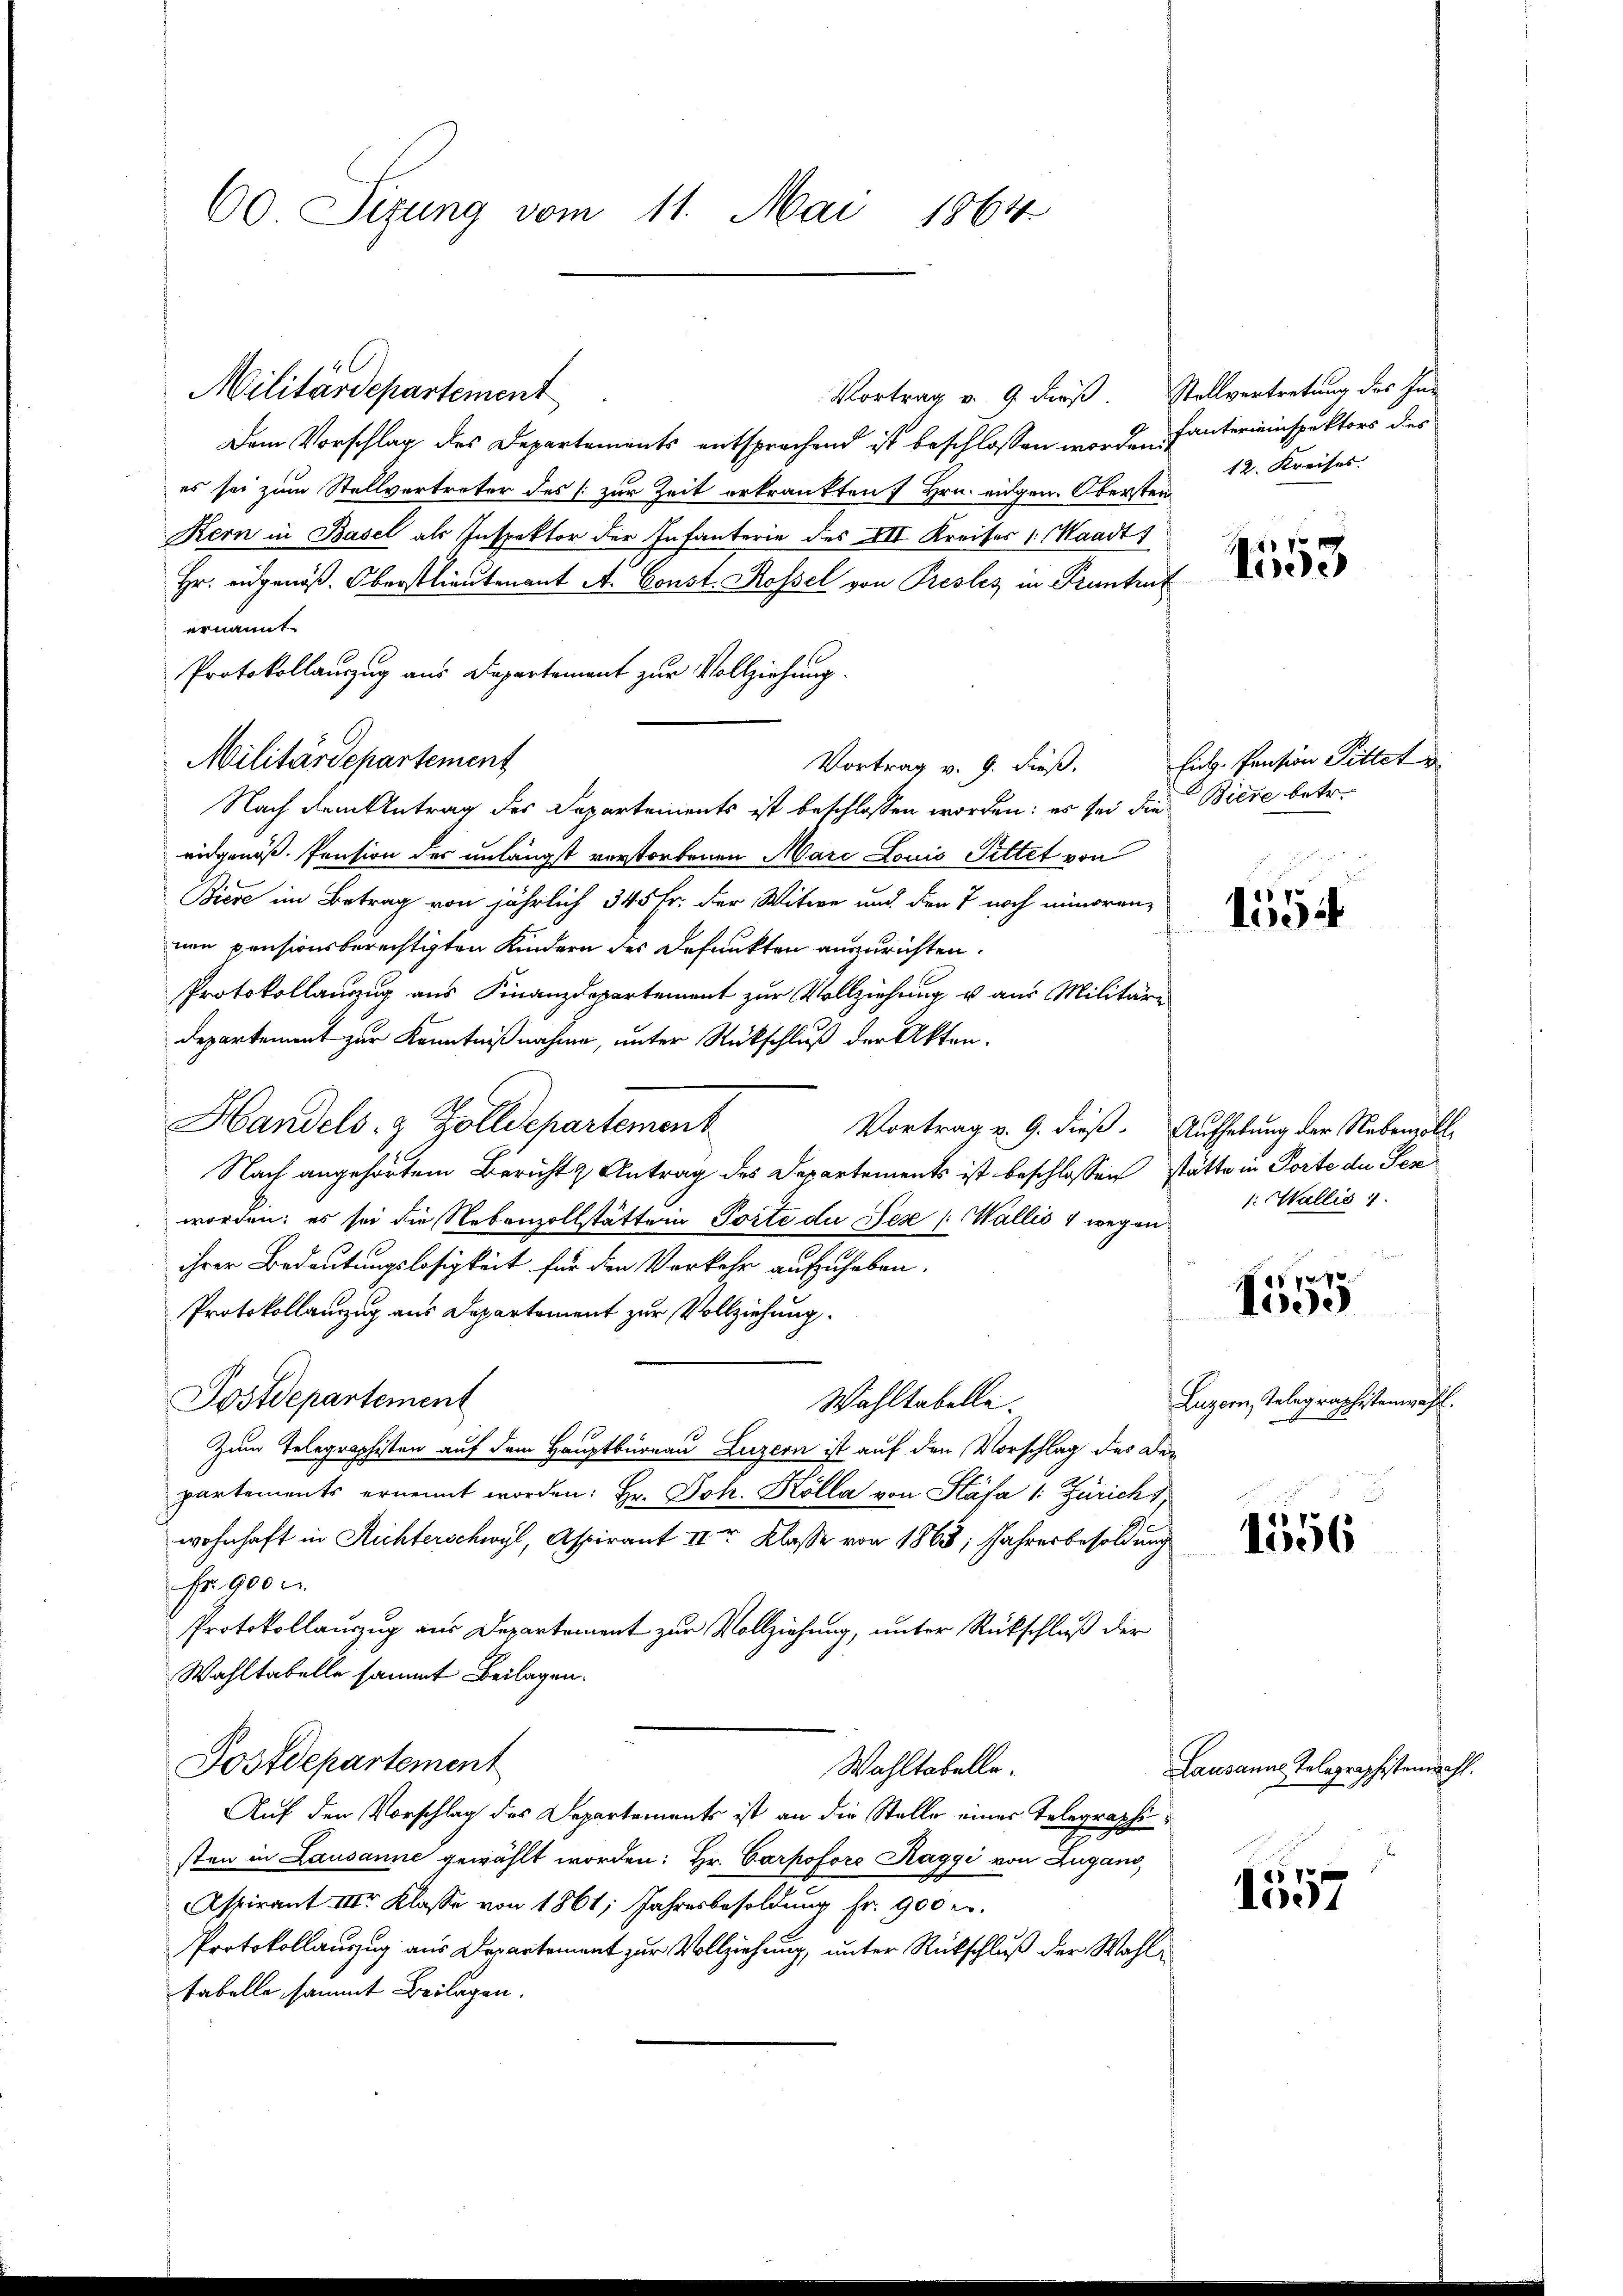
60 Sizung vom 11. Mai 1864

Militärdepartement
Vortrag v. 9. dieß. Stellvertretung des In-
Dem Vorschlag des Departements entsprechend ist beschlossen worden fantereinspektors dies
es sei zum Stellvertreter des [zur Zeit erkrankten 7 Hrn. eidgen. Obersten
Kern in Basel als Inspektor der Infanterie des XII Kreises 1. Waadt)
Hr. eidgenöß. Oberstlieutenant A. Const. Rossel von Presles in Pruntrut
ernannt.
Protokollauszug aus Departement zur Vollziehung.
Vortrag v. 9. dieß.
Nach dem Antrag des Departements ist beschlossen worden; es sei die Biere betr.
eidgenöß. Pension des unlängst verstorbenen Marc Louis Pittet von
Biere im Betrag von jährlich 345 fr. der Witwe und den 7 noch minoren-
nen pensionsberechtigten Kindern des Befunkten anzurichten.
Protokollauszug aus Finanzdepartement zur Vollziehung u aus Militär¬
Departement zur Kenntnißnahme, unter Rückschluß der Akten.
Handels- & Zolldepartement
Nach angehörtem Bericht & Antrag des Departements ist beschlossen stätte in Torte de Jen
worden; es sei die Nebenzollstätten Porte di Fese Wallis 4 wegen
ihrer Bedeutungslosigkeit für den Verkehr aufzuheben.
Protokollanzug aus Departement zur Vollziehung.
Postdepartement
Wahltabelle.
Zum Telegraphisten auf dem Hauptburgau Luzern ist auf den Vorschlag des Den
partements ernennt worden: Hr. Joh. Kölla von Stäfa 1: Zürich 1
wohnhaft in Richterschwyl, Aspirant II Klasse von 1863; Jahresbesoldung
Fr. 900
Protokollauszug aus Departement zur Vollziehung, unter Rückschluß der
Wahltabelle sammt Beilagen.
Postdepartement
Wahltabelle.
Auf den Vorschlag des Departements ist an die Stelle einer Telegraphi
sten in Lausanne gewählt worden: Hr. Carpoforo Raggi von Zugano,
Aspirant III. Klasse von 1861, Jahresbesoldung fr. 900 c.
Protokollauszug aus Departement zur Vollziehung, unter Rückschluß der Wahltabelle sammt Beilagen.

Militärdepartement

12. Kreises.

1553

Eidg. Pension Pittet d

21 V.
lidit

Vortrag v. 9. dieß. Aufhebung der Nebenvoll
1: Wallis 1

f 9 x
1000

Luzern, Telegraphistenwahl.

1556

Lausanne Tolographistenwahl.

1557